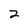
Character: 2